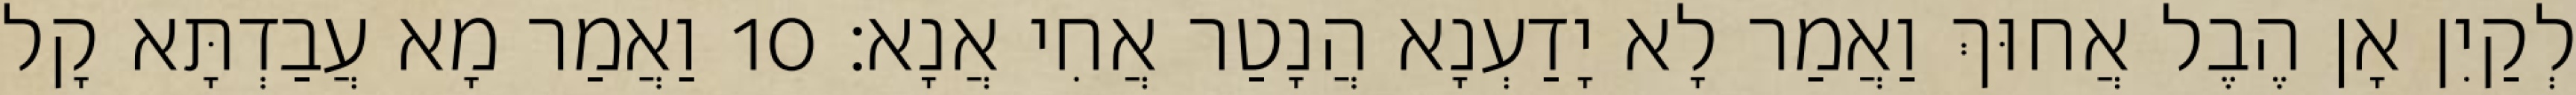
לְקַיִן אָן הֶבֶל אֲחוּךְ וַאֲמַר לָא יָדַעְנָא הֲנָטַר אֲחִי אֲנָא׃ 10 וַאֲמַר מָא עֲבַדְתָּא קָל